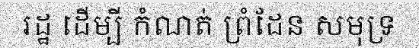
រដ្ឋ ដើម្បី កំណត់ ព្រំដែន សមុទ្រ